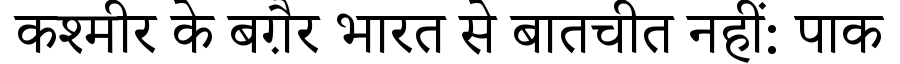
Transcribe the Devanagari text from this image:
कश्मीर के बग़ैर भारत से बातचीत नहीं: पाक